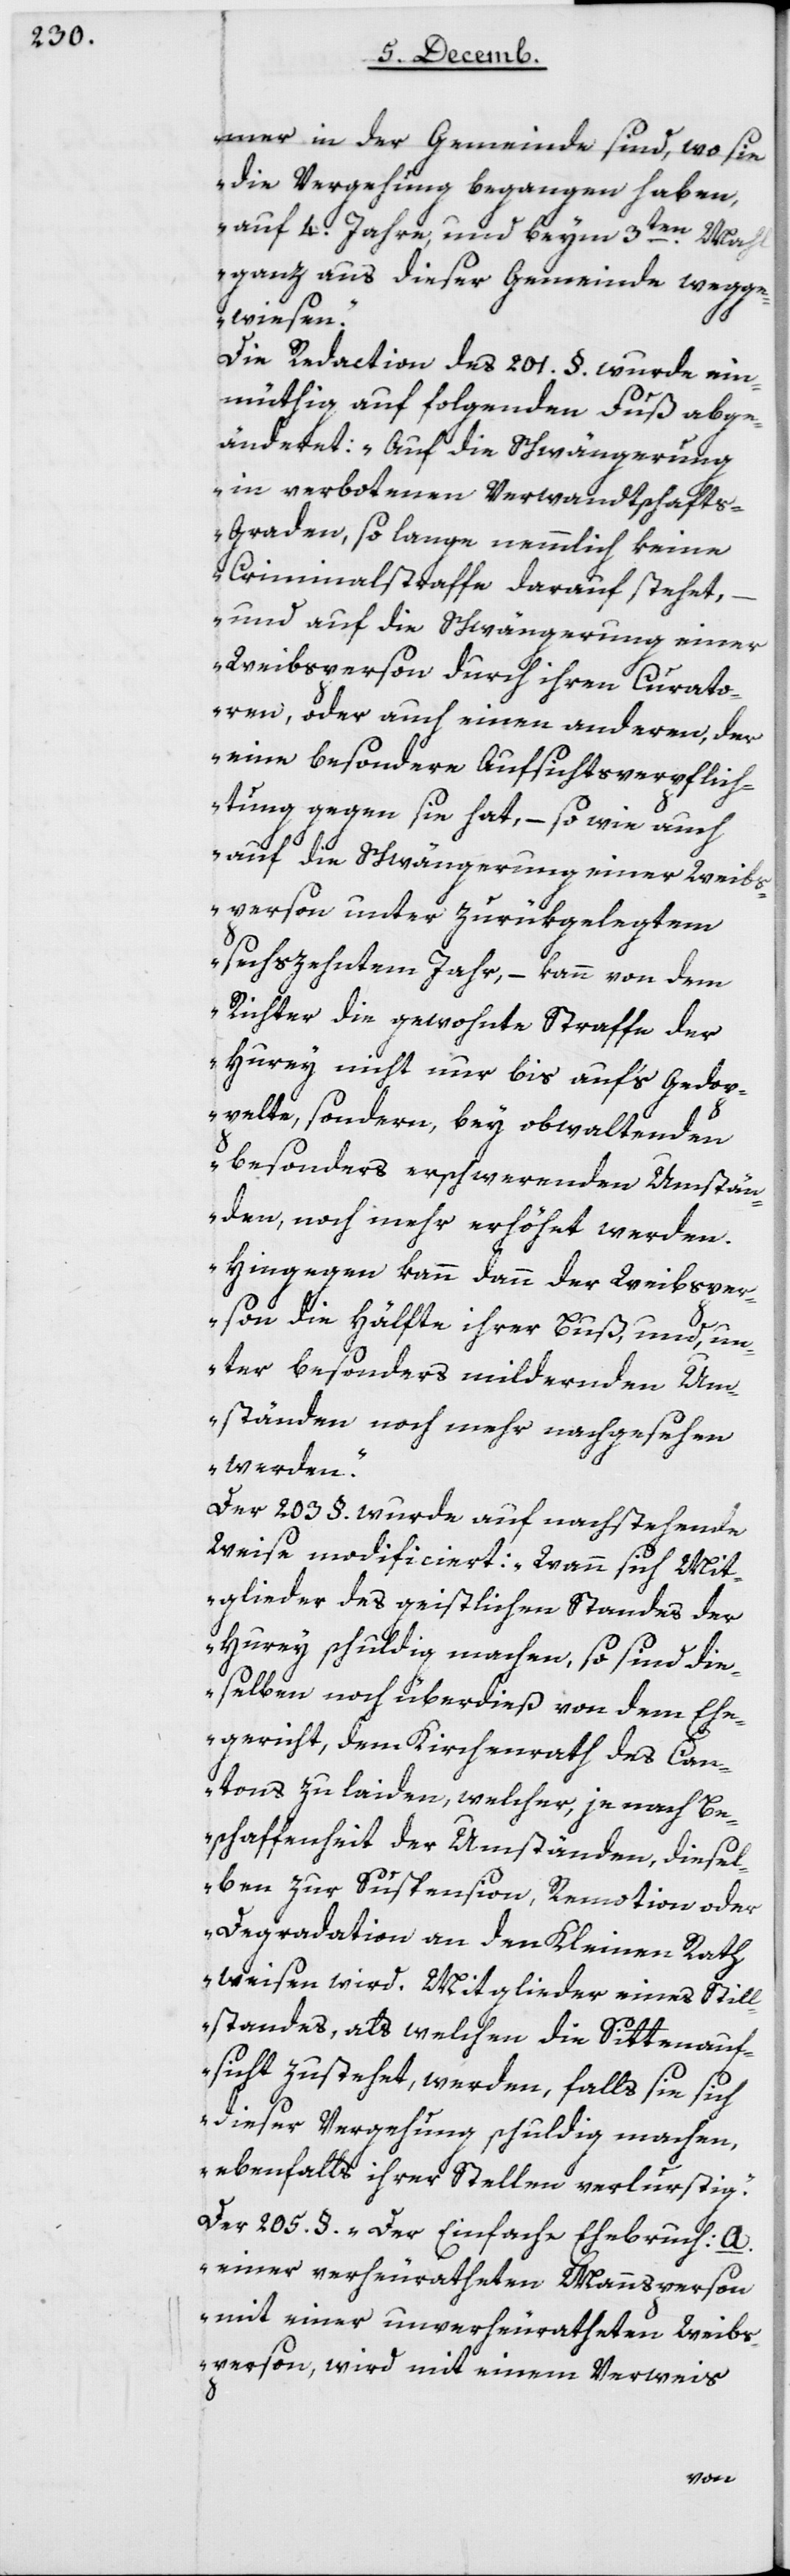
mer in der Gemeinde sind, wo sie
die Vergehung begangen haben,
auf 4 Jahre und beim dritten Mahl
ganz aus dieser Gemeinde wegge¬
wiesen.“
Die Redaction des 201 § wurde ein¬
müthig auf folgenden Fuß abge¬
änderet: „Auf die Schwängerung
in verbotenen Verwandtschaft¬
s-Graden, solange nemmlich keine
Criminalstraffe darauf stehet,
und auf die Schwängerung einer
Weibsperson durch ihren Curato¬
ren, oder auch einen anderen, der
eine besondere Aufsichtsverpflich¬
tung gegen sie hat, – so wie auch
auf die Schwängerung einer Weibs¬
person unter zurükgelegtem
sechszehnten Jahr, – kann von dem
Richter die gewohnte Straffe der
Hurey nicht nur bis aufs Gedop¬
pelte, sondern bey obwaltenden
besonders erschwerenden Umstän¬
den, noch mehr erhöhet werden.
Hingegen kann dann der Weibsper¬
son die Hälfte ihrer Buß und un¬
ter besonders mildernden Um¬
ständen noch mehr nachgesehen
werden.“
Der 203 § wurde auf nachstehende
Weise modificiert: „Wann sich Mit¬
glieder des geistlichen Standes der
Hurey schuldig machen, so sind die¬
selben noch überdieß von dem Ehe¬
gericht, dem Kirchenrath des Can¬
tons zu laiden, welcher, je nach Be¬
schaffenheit der Umständen, dieß el¬
ben zur Suspension, Remotion oder
Degradation an den Kleinen Rath
weisen wird. Mitglieder eines Still¬
standes, als welchen die Sittenauf¬
sicht zustehet, werden, falls sie sich
dieser Vergehung schuldig machen,
ebenfalls ihrer Stelle verlurstig.“
Der 205 §; „Der einfache Ehebruch: A.
einer verheuratheten Mannsperson
mit einer unverheuratheten Weibs¬
person, wird mit einem Verweis